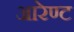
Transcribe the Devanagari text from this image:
आरेण्ट